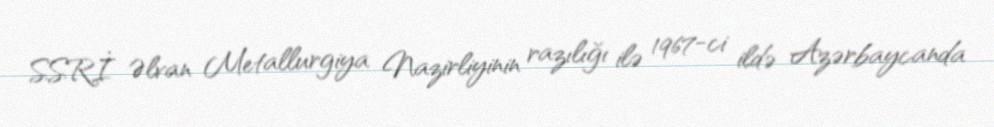
SSRİ Əlvan Metallurgiya Nazirliyinin razılığı ilə 1967-ci ildə Azərbaycanda